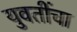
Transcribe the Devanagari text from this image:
युवतींचा